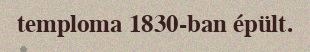
temploma 1830-ban épült.